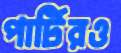
পার্টিরও